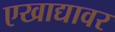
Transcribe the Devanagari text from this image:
एखाद्यावर